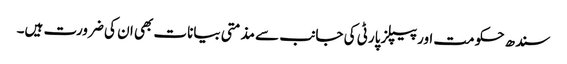
سندھ حکومت اور پیپلز پارٹی کی جانب سے مذمتی بیانات بھی ان کی ضرورت ہیں۔